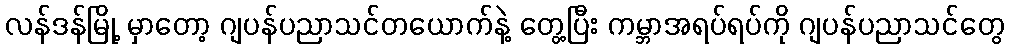
လန်ဒန်မြို့ မှာတော့ ဂျပန်ပညာသင်တယောက်နဲ့ တွေ့ပြီး ကမ္ဘာအရပ်ရပ်ကို ဂျပန်ပညာသင်တွေ